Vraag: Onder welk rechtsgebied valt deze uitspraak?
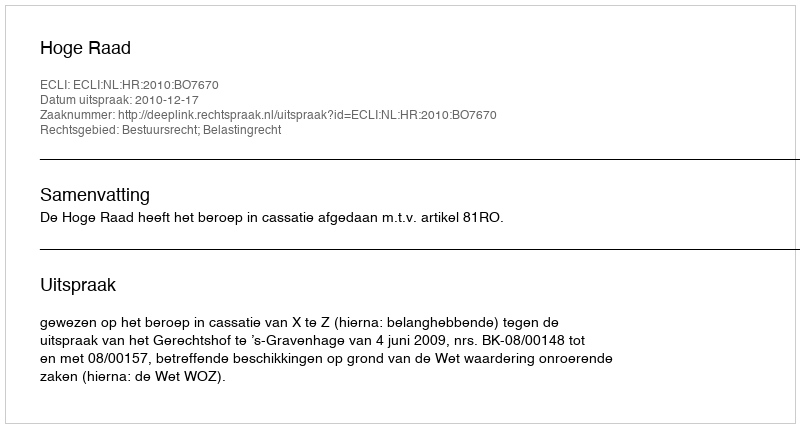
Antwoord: Bestuursrecht; Belastingrecht